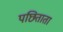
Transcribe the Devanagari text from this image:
पछिताता